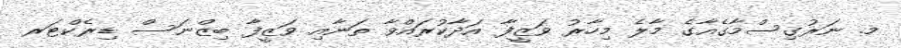
މ. ނަރުގިސްމާގެއާގެ މާލެ މިހާރު ވަޒީފާ އަދާކުރައްވާ ތަނާއި ވަޒީފާ ބިޒްނަސް ޑިރެކްޓަރ